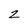
Character: z